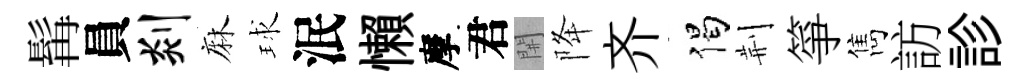
髯員剡麻球泯懶摩君𨳩降齐偈荆箏雋訪診